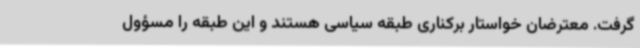
گرفت. معترضان خواستار برکناری طبقه سیاسی هستند و این طبقه را مسؤول